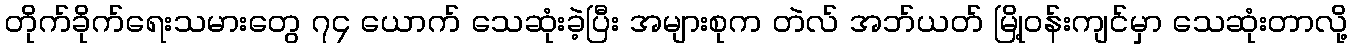
တိုက်ခိုက်ရေးသမားတွေ ၇၄ ယောက် သေဆုံးခဲ့ပြီး အများစုက တဲလ် အဘ်ယတ် မြို့ဝန်းကျင်မှာ သေဆုံးတာလို့